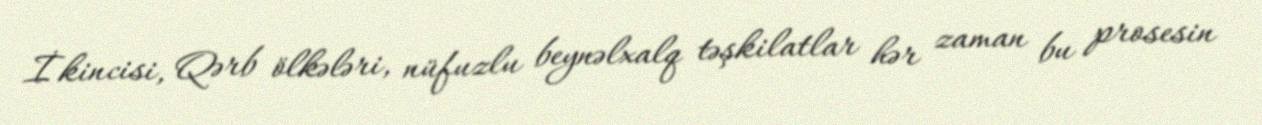
İkincisi, Qərb ölkələri, nüfuzlu beynəlxalq təşkilatlar hər zaman bu prosesin